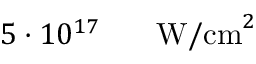
5 \cdot 1 0 ^ { 1 7 } \ensuremath { \mathrm { ~ \textrm ~ { ~ \, ~ } ~ } } \ensuremath { \mathrm { W / c m } } ^ { 2 }